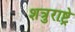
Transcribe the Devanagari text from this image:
शत्रुराष्ट्रे